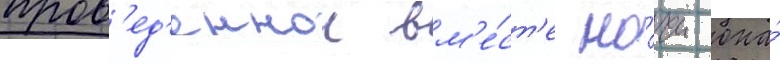
пров'ед'еннои вм'е́ст'е но́чи она́